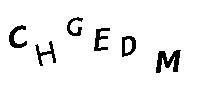
CHGEDM